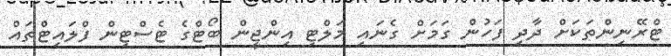
ޓްރޭނިންތަކަށް ދާދި ފަހުން ގަމަށް ގެނައި މަލްޓި އިންޖީން ބޯޓްގެ ޓެސްޓިން ފްލައިޓްތައް